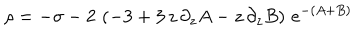
\rho = - \sigma - 2 \, \left( - 3 + 3 \, z \, \partial _ { z } A - z \, \partial _ { z } B \right) \, e ^ { - ( A + B ) }